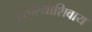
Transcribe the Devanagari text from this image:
हरवल्याशिवाय